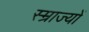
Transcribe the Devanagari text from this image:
स्म्राज्यों